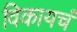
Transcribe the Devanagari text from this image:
विकायचं